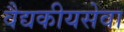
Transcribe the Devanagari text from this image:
वैद्यकीयसेवा